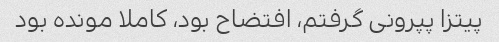
پیتزا پپرونی گرفتم، افتضاح بود، کاملا مونده بود